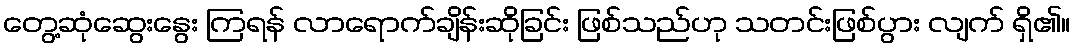
တွေ့ဆုံဆွေးနွေး ကြရန် လာရောက်ချိန်းဆိုခြင်း ဖြစ်သည်ဟု သတင်းဖြစ်ပွား လျက် ရှိ၏။